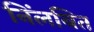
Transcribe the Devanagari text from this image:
निंलबित